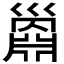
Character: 𢀅